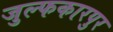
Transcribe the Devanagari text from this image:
जुल्फकारपुर